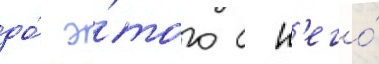
до́ э́того с н'его́